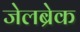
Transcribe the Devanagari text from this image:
जेलब्रेक